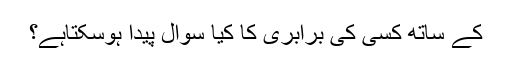
کے ساتھ کسی کی برابری کا کیا سوال پیدا ہوسکتاہے؟